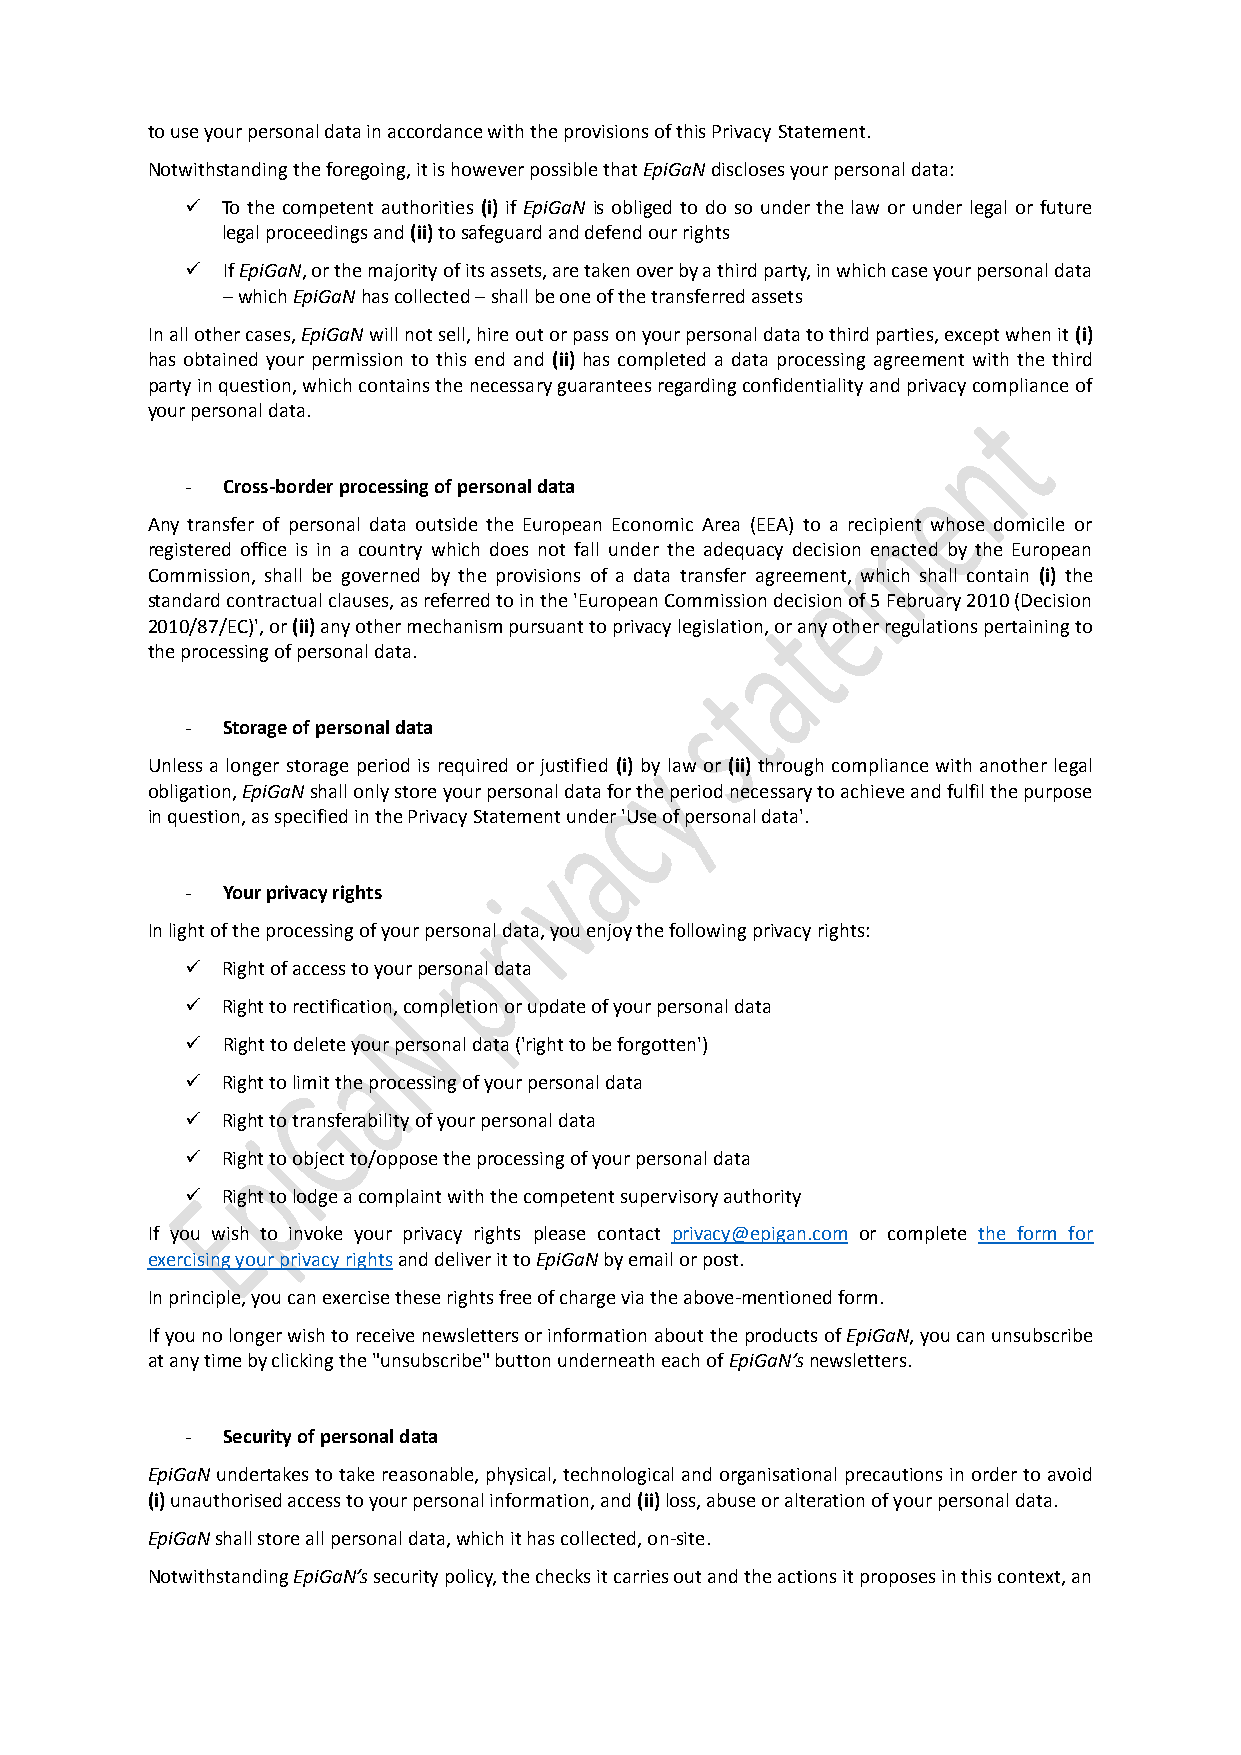
to use your personal data in accordance with the provisions of this Privacy Statement.
 Notwithstanding the foregoing, it is however possible that EpiGaN discloses your personal data:
   To the competent authorities (i) if EpiGaN is obliged to do so under the law or under legal or future
 legal proceedings and (ii) to safeguard and defend our rights
   If EpiGaN, or the majority of its assets, are taken over by a third party, in which case your personal data
 – which EpiGaN has collected – shall be one of the transferred assets
 In all other cases, EpiGaN will not sell, hire out or pass on your personal data to third parties, except when it (i)
 has obtained your permission to this end and (ii) has completed a data processing agreement with the third
 party in question, which contains the necessary guarantees regarding confidentiality and privacy compliance of
 your personal data.
 -  Cross-border processing of personal data
 Any transfer of personal data outside the European Economic Area (EEA) to a recipient whose domicile or
 registered office is in a country which does not fall under the adequacy decision enacted by the European
 Commission, shall be governed by the provisions of a data transfer agreement, which shall contain (i) the
 standard contractual clauses, as referred to in the 'European Commission decision of 5 February 2010 (Decision
 2010/87/EC)', or (ii) any other mechanism pursuant to privacy legislation, or any other regulations pertaining to
 the processing of personal data.
 -  Storage of personal data
 Unless a longer storage period is required or justified (i) by law or (ii) through compliance with another legal
 obligation, EpiGaN shall only store your personal data for the period necessary to achieve and fulfil the purpose
 in question, as specified in the Privacy Statement under 'Use of personal data'.
 -  Your privacy rights
 In light of the processing of your personal data, you enjoy the following privacy rights:
   Right of access to your personal data
   Right to rectification, completion or update of your personal data
   Right to delete your personal data ('right to be forgotten')
   Right to limit the processing of your personal data
   Right to transferability of your personal data
   Right to object to/oppose the processing of your personal data
   Right to lodge a complaint with the competent supervisory authority
 If you wish to invoke your privacy rights please contact privacy@epigan.com or complete the form for
 exercising your privacy rights and deliver it to EpiGaN by email or post.
 In principle, you can exercise these rights free of charge via the above-mentioned form.
 If you no longer wish to receive newsletters or information about the products of EpiGaN, you can unsubscribe
 at any time by clicking the "unsubscribe" button underneath each of EpiGaN’s newsletters.
 -  Security of personal data
 EpiGaN undertakes to take reasonable, physical, technological and organisational precautions in order to avoid
 (i) unauthorised access to your personal information, and (ii) loss, abuse or alteration of your personal data.
 EpiGaN shall store all personal data, which it has collected, on-site.
 Notwithstanding EpiGaN’s security policy, the checks it carries out and the actions it proposes in this context, an